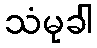
သံမုခါ